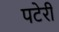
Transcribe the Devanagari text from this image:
पटेरी